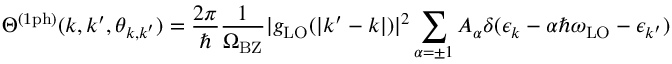
\Theta ^ { \mathrm { ( 1 p h ) } } ( k , k ^ { \prime } , \theta _ { \boldsymbol { k } , \boldsymbol { k } ^ { \prime } } ) = \frac { 2 \pi } { \hbar } \frac { 1 } { \Omega _ { \mathrm { B Z } } } | g _ { \mathrm { L O } } ( | \boldsymbol { k } ^ { \prime } - \boldsymbol { k } | ) | ^ { 2 } \sum _ { \alpha = \pm 1 } A _ { \alpha } \delta ( \epsilon _ { k } - \alpha \hbar \omega _ { \mathrm { L O } } - \epsilon _ { k ^ { \prime } } )